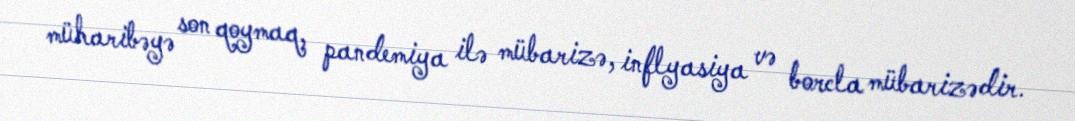
müharibəyə son qoymaq, pandemiya ilə mübarizə, inflyasiya və borcla mübarizədir.